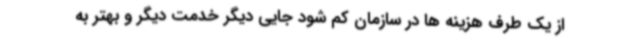
از یک طرف هزینه ها در سازمان کم شود جایی دیگر خدمت دیگر و بهتر به